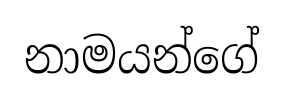
නාමයන්ගේ